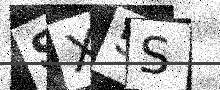
Text: SX5S